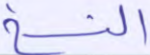
النسخ